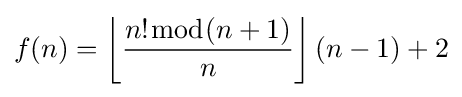
f(n)=\left\lfloor {\frac {n!{\bmod {(}}n+1)}{n}}\right\rfloor (n-1)+2